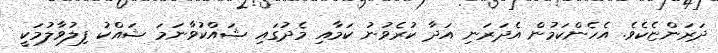
ދަރަންޏެކެވެ. އެހެންކަމުން އެދަރަނި އަދާ ކުރެވުނު ކަމާއި މެދުގައި ޝައްކުވާނަމަ ޝައްކު ފިލުވާލުމަކީ